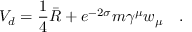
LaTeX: V _ { d } = \frac 1 4 \bar { R } + e ^ { - 2 \sigma } m \gamma ^ { \mu } w _ { \mu } ~ ~ ~ .